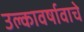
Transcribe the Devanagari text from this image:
उल्कावर्षावाचे